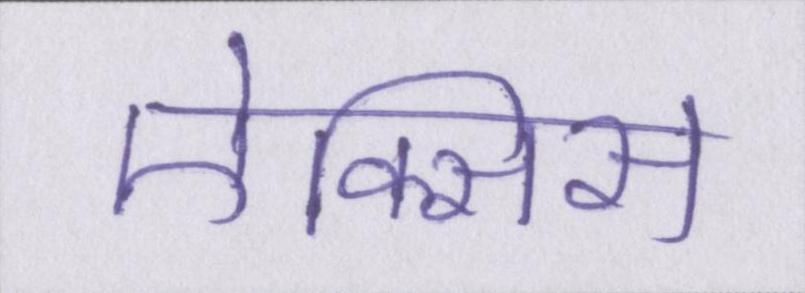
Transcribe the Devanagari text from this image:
ऐक्सिस